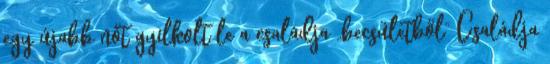
egy újabb nőt gyilkolt le a családja „becsületből” Családja